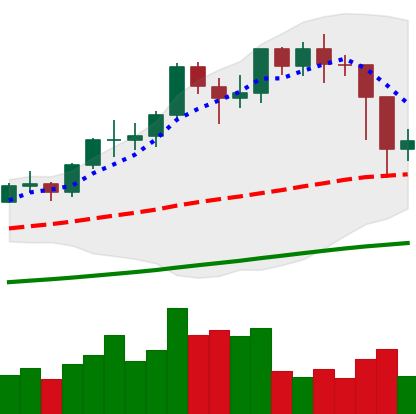
Ticker: LTC-USD
Chart end date: 2021-02-24
Forward return: -3.385%
Label: down_3_5